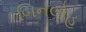
બિનલોહ